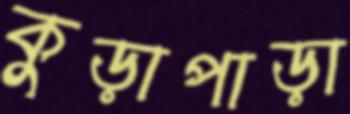
কুড়াপাড়া